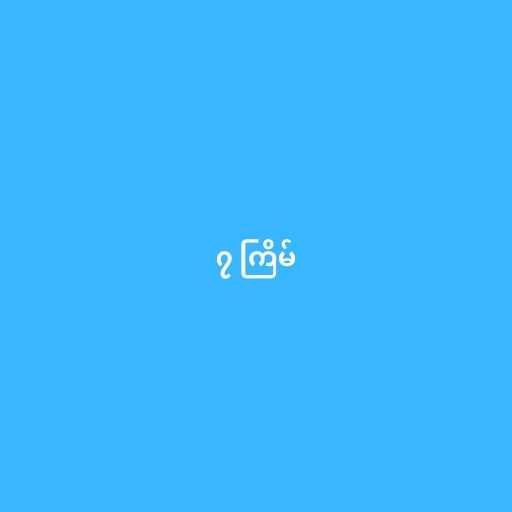
၇ ကြိမ်